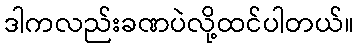
ဒါကလည်းခဏပဲလို့ထင်ပါတယ်။